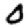
Digit: 0